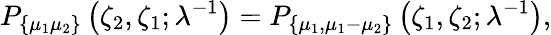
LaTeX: P_{\{ \mu_{1}\mu_{2}\} }\left(\zeta_{2},\zeta_{1};\lambda^{-1}\right)=P_{\{ \mu_{1},\mu_{1}-\mu_{2}\} }\left(\zeta_{1},\zeta_{2};\lambda^{-1}\right),